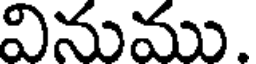
వినుము.